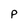
Character: P